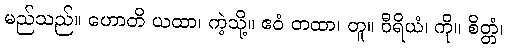
မည်သည်။ ဟောတိ ယထာ၊ ကဲ့သို့။ ဧဝံ တထာ၊ တူ။ ဝီရိယံ၊ ကို။ စိတ္တံ၊